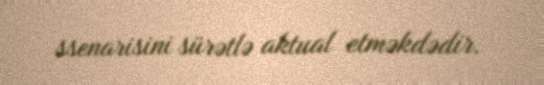
ssenarisini sürətlə aktual etməkdədir.